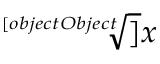
\sqrt [ [object Object] ] { x }